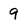
Character: 9